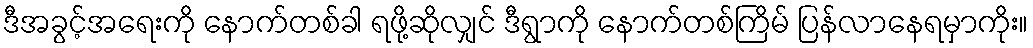
ဒီအခွင့်အရေးကို နောက်တစ်ခါ ရဖို့ဆိုလျှင် ဒီရွာကို နောက်တစ်ကြိမ် ပြန်လာနေရမှာကိုး။